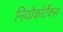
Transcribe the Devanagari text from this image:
नियोकोर्टेक्स